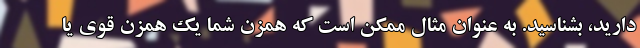
دارید، بشناسید. به عنوان مثال ممکن است که همزن شما یک همزن قوی یا